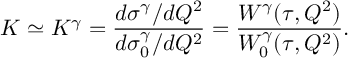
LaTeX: K \simeq K ^ { \gamma } = { \frac { d \sigma ^ { \gamma } / d Q ^ { 2 } } { d \sigma _ { 0 } ^ { \gamma } / d Q ^ { 2 } } } = { \frac { W ^ { \gamma } ( \tau , Q ^ { 2 } ) } { W _ { 0 } ^ { \gamma } ( \tau , Q ^ { 2 } ) } } .